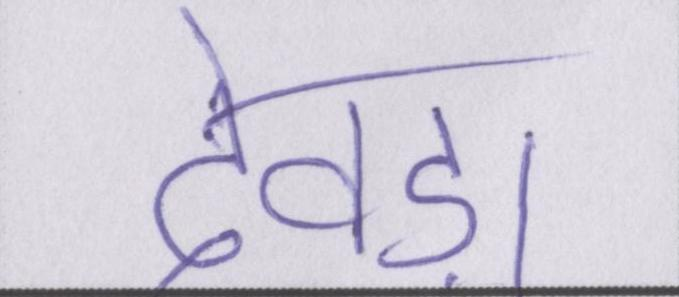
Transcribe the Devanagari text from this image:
देवड़ा